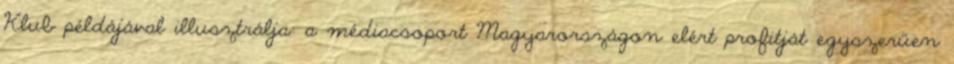
Klub példájával illusztrálja: a médiacsoport Magyarországon elért profitját egyszerűen